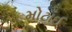
મોટાઈ